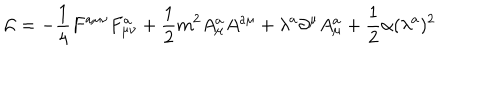
{ \cal L } = - \frac 1 4 F ^ { a \mu \nu } F _ { \mu \nu } ^ { a } + \frac 1 2 m ^ { 2 } A _ { \mu } ^ { a } A ^ { a \mu } + \lambda ^ { a } \partial ^ { \mu } A _ { \mu } ^ { a } + \frac 1 2 \alpha ( \lambda ^ { a } ) ^ { 2 }